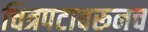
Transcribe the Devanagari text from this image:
चित्रपटावरूनच